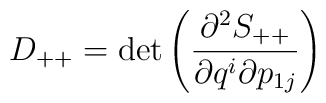
D_{++}= \det \left(\frac{ \partial^2 S_{++}}{            \partial q^i \partial p_{1j}}\right)